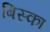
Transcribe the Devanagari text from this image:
बिस्का